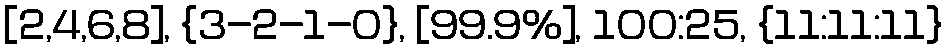
[2,4,6,8], {3-2-1-0}, [99.9%], 100:25, {11:11:11}